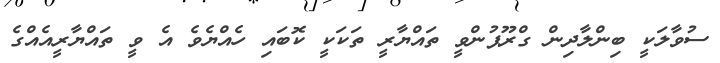
ސުވާލަކީ ބިންލާދިން ގްރޫޕުންވީ ތައްޔާރީ ތަކަކީ ކޮބައި ހެއްޔެވެ އެ ވީ ތައްޔާރީއެއްގެ